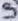
Text: 9